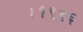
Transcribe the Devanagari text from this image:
।१९९६